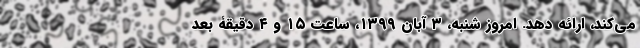
می‌کند، ارائه دهد. امروز شنبه، ۳ آبان ۱۳۹۹، ساعت ۱۵ و ۴ دقیقۀ بعد